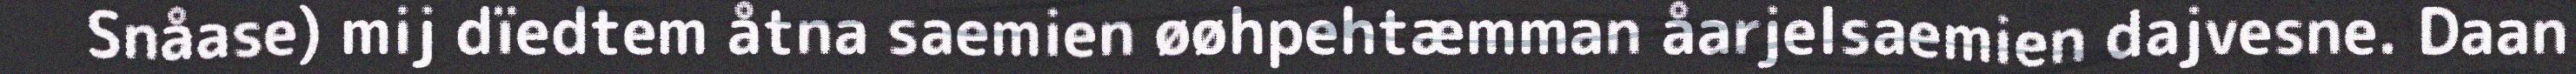
Snåase) mij dïedtem åtna saemien øøhpehtæmman åarjelsaemien dajvesne. Daan